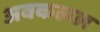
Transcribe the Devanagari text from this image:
अवकलल